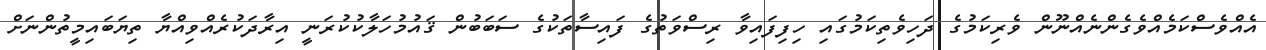
އެއްވެސްކަމެއްވެގެންނެއްނޫން ވެރިކަމުގެ ދަހިވެތިކަމުގައި ހިފިފައިވާ ރިސްވަތުގެ ފައިސާތަކުގެ ސަބަބުން ޤައުމުހަލާކުކުރަނީ އިރާދަކުރެއްވިއްޔާ ތިޔަބައިމީތުންނަށް